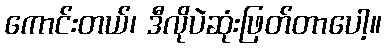
ကောင်းတယ်၊ ဒီလိုပဲဆုံးဖြတ်တာပေါ့။